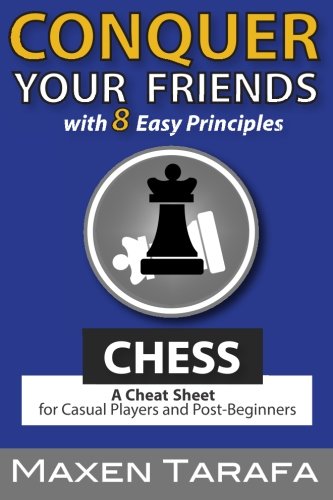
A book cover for Chess: Conquer your Friends with 8 Easy Principles: A Cheat Sheet for Casual Players and Post-Beginners (The Skill Artist's Guide) (Volume 1); Maxen R. Tarafa; Humor & Entertainment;